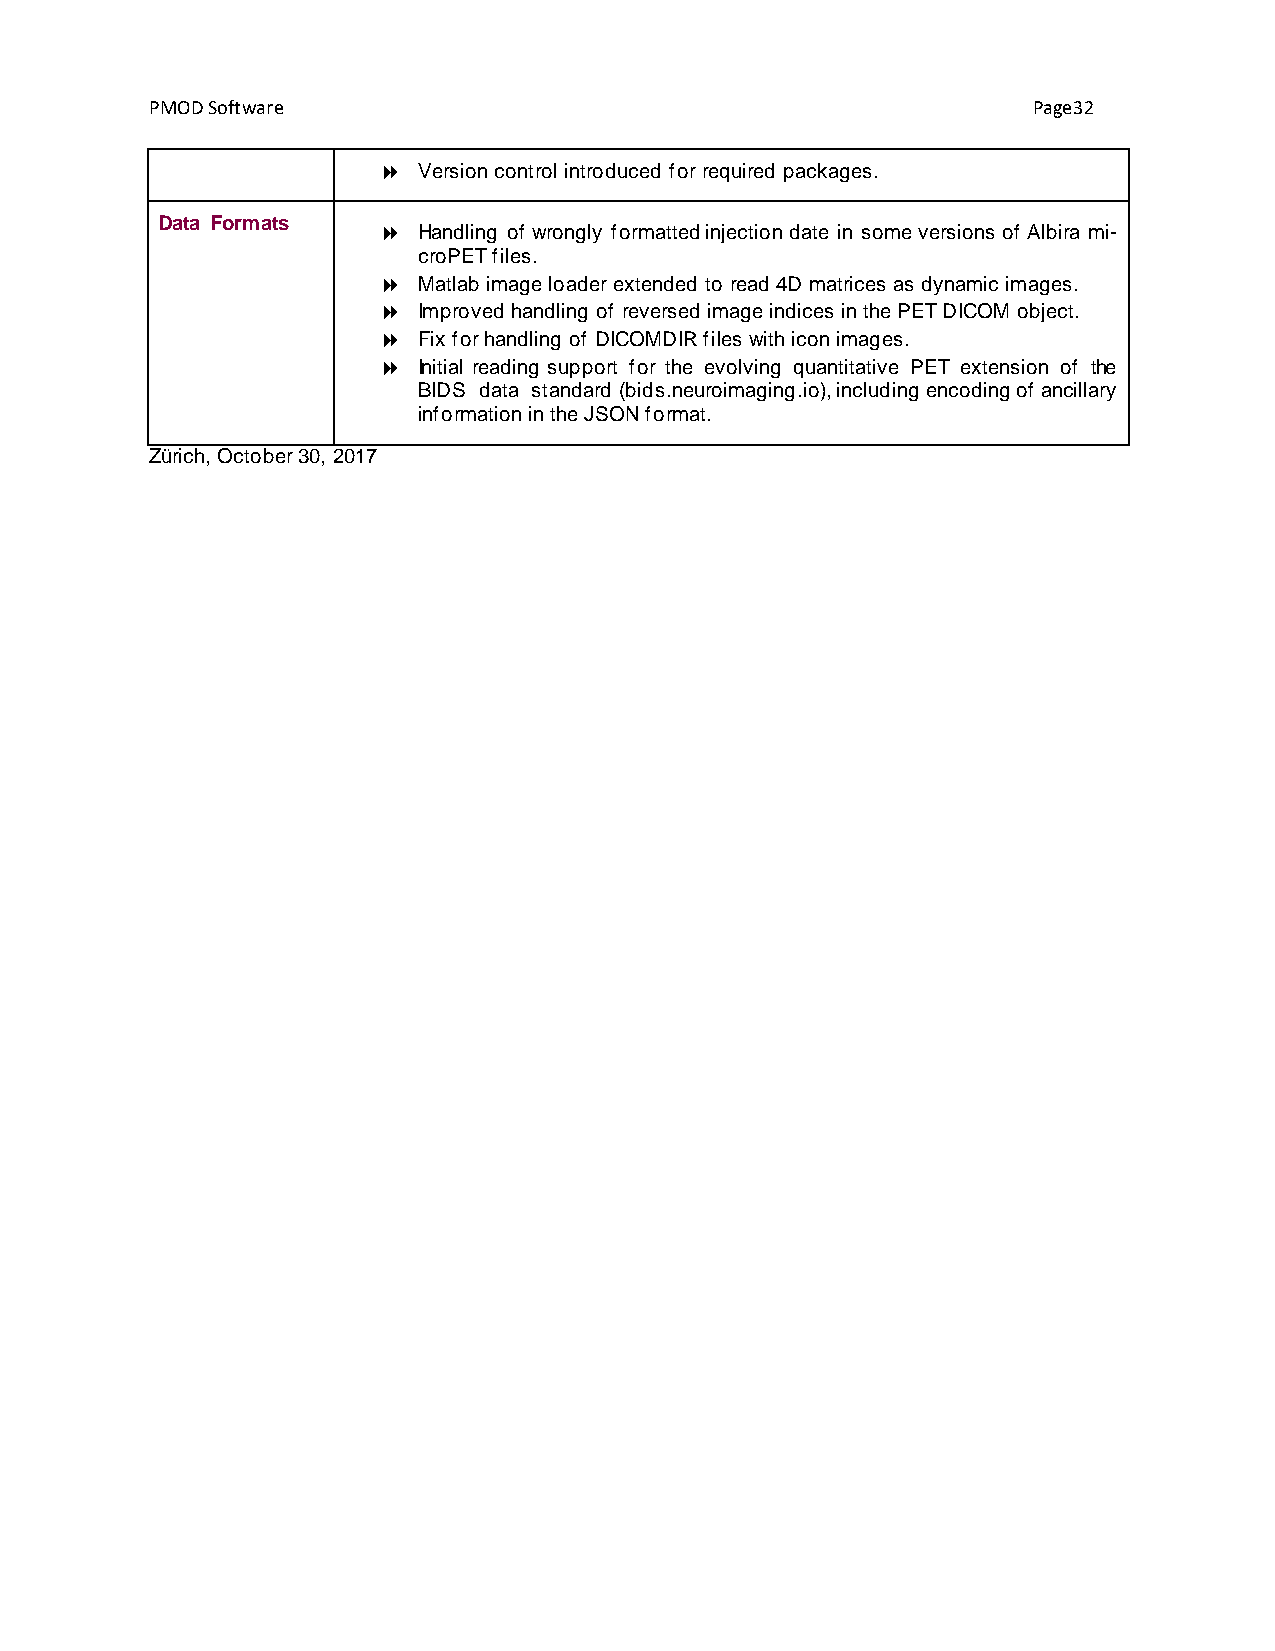
PMOD Software                                             Page32
   Version control introduced for required packages.
 Data Formats
   Handling of wrongly formatted injection date in some versions of Albira mi-
 croPET files.
   Matlab image loader extended to read 4D matrices as dynamic images.
   Improved handling of reversed image indices in the PET DICOM object.
   Fix for handling of DICOMDIR files with icon images.
   Initial reading support for the evolving quantitative PET extension of the
 BIDS data standard (bids.neuroimaging.io), including encoding of ancillary
 information in the JSON format.
 Zürich, October 30, 2017